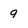
Character: 9